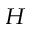
^ H